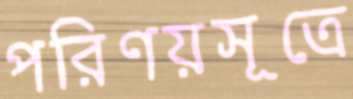
পরিণয়সূত্রে